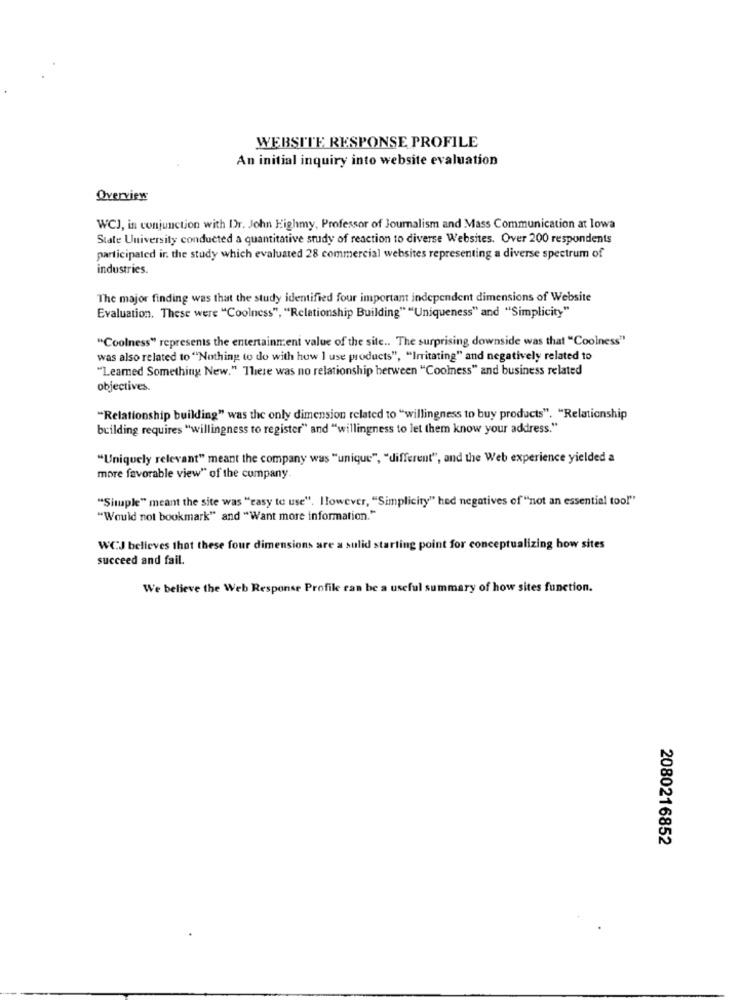
WEBSITE RESPONSE PROFILE
An initial inquiry into website evaluation
Overview
WCJ, in conjunction with Dr. John Highmy, Professor of Journalism and Mass Communication at lowa
State University conducted a quantitative study of reaction to diverse Websites. Over 200 respondents
participated ir. the study which evaluated 28 commercial websites representing a diverse spectrum of
industries.
The major finding was that the study identified four important independent dimensions of Website
Evaluation. These were "Coolness", "Relationship Building" "Uniqueness" and "Simplicity"
"Coolness" represents the entertainment value of the site .. The surprising downside was that "Coolness"
was also related to "Nothing to do with how I use products", "Irritating" and negatively related to
"Learned Something New." There was no relationship between "Coolness" and business related
objectives.
"Relationship building" was the only dimension related to "willingness to buy products". "Relationship
building requires "willingness to register" and "willingness to let them know your address."
"Uniquely relevant" meant the company was "unique", "different", and the Web experience yielded a
more favorable view" of the company.
"Simple" meant the site was "easy to use". Ilowever, "Simplicity" hed negatives of"not an essential too!"
"Would not bookmark" and "Want more information."
WCJ believes that these four dimensions are a sulid st
ing point for conceptualizing how sites
succeed and fail.
We believe the Web Response Profile can be a useful summary of how sites function.
2080216852